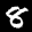
Label: 8